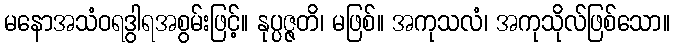
မနောအသံဝရဒွါရအစွမ်းဖြင့်။ နုပ္ပဇ္ဇတိ၊ မဖြစ်။ အကုသလံ၊ အကုသိုလ်ဖြစ်သော။